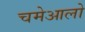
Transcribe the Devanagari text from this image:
चमेआलो